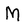
Character: M